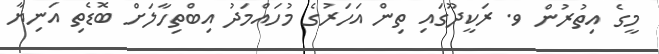
މީގެ އިތުރުން ވ. ރަކީދޫގައި ތިން އަހަރުގެ މުހައްމަދު އިބްތިހާލަށް ބޮޑެތި އަނިޔާ